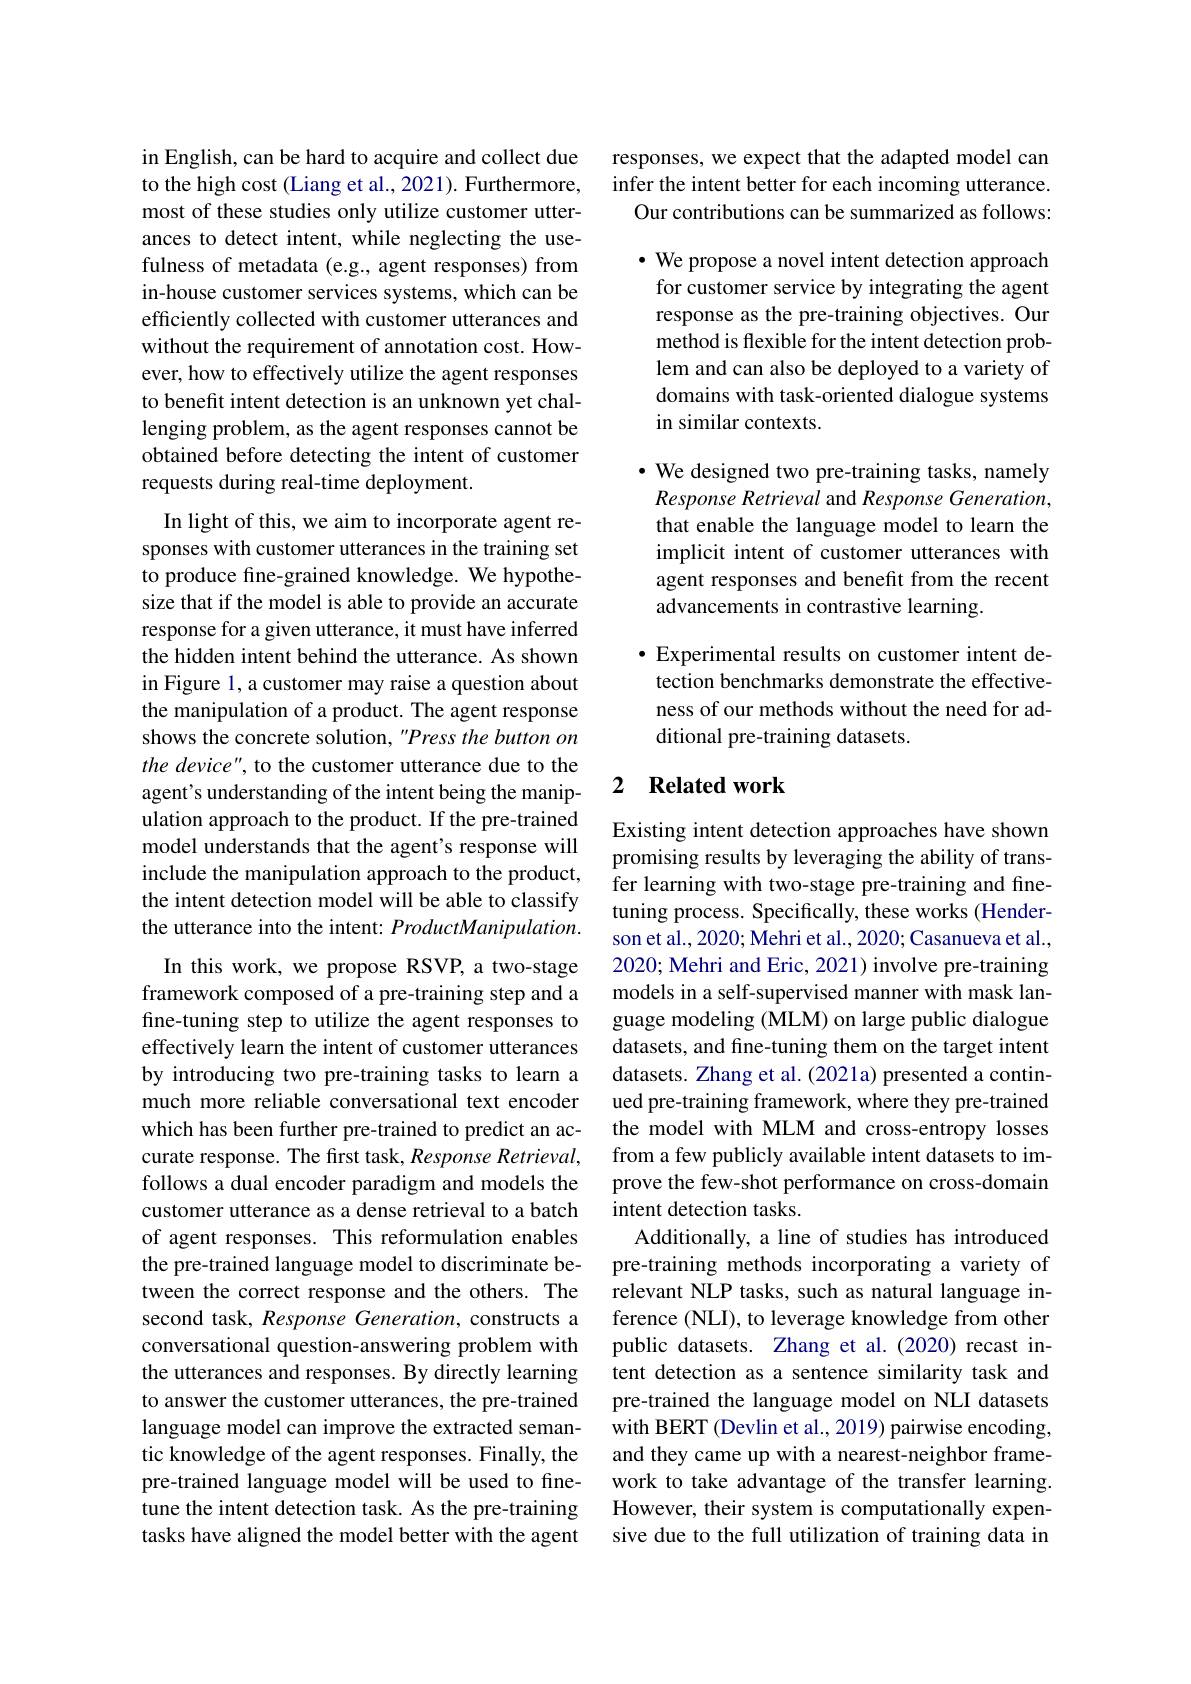
in English, can be hard to acquire and collect due to the high cost (Liang et al., 2021). Furthermore, most of these studies only utilize customer utterances to detect intent, while neglecting the usefulness of metadata (e.g., agent responses) from in-house customer services systems, which can be efficiently collected with customer utterances and without the requirement of annotation cost. However, how to effectively utilize the agent responses to benefit intent detection is an unknown yet challenging problem, as the agent responses cannot be obtained before detecting the intent of customer requests during real-time deployment.

In light of this, we aim to incorporate agent responses with customer utterances in the training set to produce fine-grained knowledge. We hypothesize that if the model is able to provide an accurate response for a given utterance, it must have inferred the hidden intent behind the utterance. As shown in Figure 1, a customer may raise a question about the manipulation of a product. The agent response shows the concrete solution, "Press the button on the device", to the customer utterance due to the agent's understanding of the intent being the manipulation approach to the product. If the pre-trained model understands that the agent's response will include the manipulation approach to the product, the intent detection model will be able to classify the utterance into the intent: ProductManipulation.
In this work, we propose RSVP, a two-stage framework composed of a pre-training step and a fine-tuning step to utilize the agent responses to effectively learn the intent of customer utterances by introducing two pre-training tasks to learn a much more reliable conversational text encoder which has been further pre-trained to predict an accurate response. The first task, Response Retrieval, follows a dual encoder paradigm and models the customer utterance as a dense retrieval to a batch of agent responses. This reformulation enables the pre-trained language model to discriminate between the correct response and the others. The second task, Response Generation, constructs a conversational question-answering problem with the utterances and responses. By directly learning to answer the customer utterances, the pre-trained language model can improve the extracted semantic knowledge of the agent responses. Finally, the pre-trained language model will be used to finetune the intent detection task. As the pre-training tasks have aligned the model better with the agent

responses, we expect that the adapted model can infer the intent better for each incoming utterance. Our contributions can be summarized as follows:

$\cdot$ We propose a novel intent detection approach for customer service by integrating the agent response as the pre-training objectives. Our method is flexible for the intent detection problem and can also be deployed to a variety of domains with task-oriented dialogue systems in similar contexts.

$\bullet$ We designed two pre-training tasks, namely
Response Retrieval and Response Generation, that enable the language model to learn the implicit intent of customer utterances with agent responses and benefit from the recent advancements in contrastive learning.

$\bullet$ Experimental results on customer intent detection benchmarks demonstrate the effectiveness of our methods without the need for additional pre-training datasets.

## 2 Related work

Existing intent detection approaches have shown promising results by leveraging the ability of transfer learning with two-stage pre-training and finetuning process. Specifically, these works (Henderson et al., 2020; Mehri et al., 2020; Casanueva et al., 2020; Mehri and Eric, 2021) involve pre-training models in a self-supervised manner with mask language modeling (MLM) on large public dialogue datasets, and fine-tuning them on the target intent datasets. Zhang et al. (2021a) presented a continued pre-training framework, where they pre-trained the model with MLM and cross-entropy losses from a few publicly available intent datasets to improve the few-shot performance on cross-domain intent detection tasks.
Additionally, a line of studies has introduced pre-training methods incorporating a variety of relevant NLP tasks, such as natural language inference (NLI), to leverage knowledge from other public datasets. Zhang et al.(2020) recast intent detection as a sentence similarity task and pre-trained the language model on NLI datasets with BERT (Devlin et al., 2019) pairwise encoding, and they came up with a nearest-neighbor framework to take advantage of the transfer learning. However, their system is computationally expensive due to the full utilization of training data in